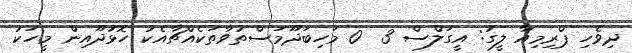
ދިވެހި ޕްރިމިއާ ލީގު: އީގަލްސް 3  0 މަހިބަދޫމަސްތުވާތަކެއްޗާއެކު ހޮޅުދޫއިން މީހަކު